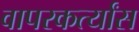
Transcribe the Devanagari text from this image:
वापरकर्त्यांस